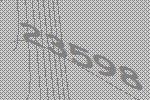
23598